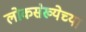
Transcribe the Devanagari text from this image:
लोकस॓ख्येच्या